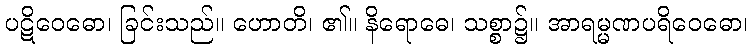
ပဋိဝေဓော၊ ခြင်းသည်။ ဟောတိ၊ ၏။ နိရောဓေ၊ သစ္စာ၌။ အာရမ္မဏပရိဝေဓော၊